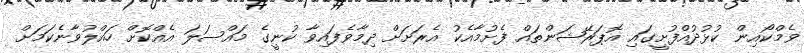
ވެމްކޯއިން ކުޅުދުއްފުށީގައި އޮޕަރޭޝަންތައް ފެށުމާއެކު އެރަށަށް ދިމާވެފައިވާ ކުނީގެ މައްސަލަ އެއްކޮށް ހައްލުވާނެކަމަށް